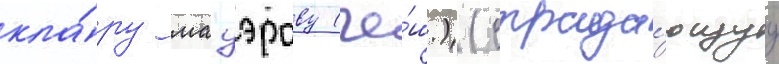
кла́ру мауэрову (че́ш.) (страда́ющуу